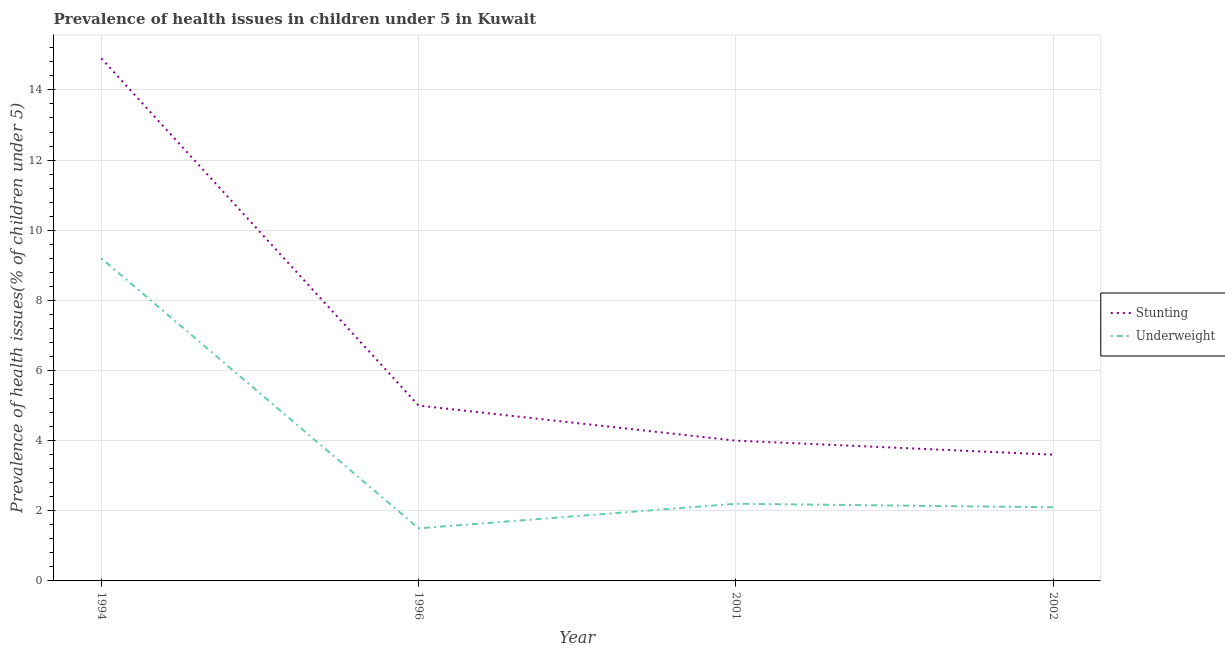
| Year | Stunting | Underweight |
 | --- | --- | --- |
 | 1994 | 14.9 | 9.2 |
 | 1996 | 5 | 1.5 |
 | 2001 | 4 | 2.2 |
 | 2002 | 3.6 | 2.1 |